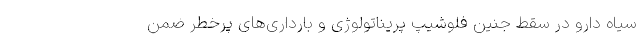
سیاه دارو در سقط جنین فلوشیپ پریناتولوژی و بارداری‌‌های پرخطر ضمن